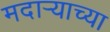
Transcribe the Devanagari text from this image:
मदाऱ्याच्या